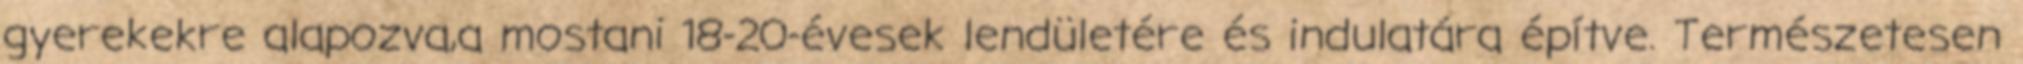
gyerekekre alapozva,a mostani 18-20-évesek lendületére és indulatára építve. Természetesen